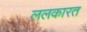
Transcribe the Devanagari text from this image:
ललकारत